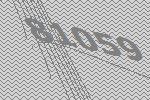
81059